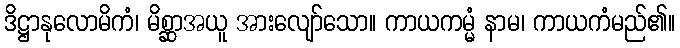
ဒိဋ္ဌာနုလောမိကံ၊ မိစ္ဆာအယူ အားလျော်သော။ ကာယကမ္မံ နာမ၊ ကာယကံမည်၏။